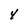
Character: 4